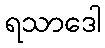
ရသာဒေါ